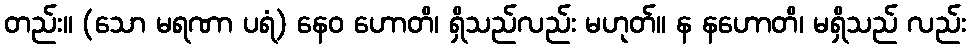
တည်း။ (သော မရဏာ ပရံ) နေဝ ဟောတိ၊ ရှိသည်လည်း မဟုတ်။ န နဟောတိ၊ မရှိသည် လည်း